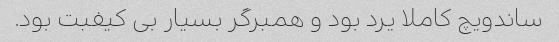
ساندویچ کاملا یرد بود و همبرگر بسیار بی کیفبت بود.